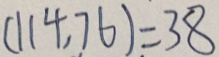
( 1 1 4 , 7 6 ) = 3 8